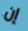
إن